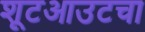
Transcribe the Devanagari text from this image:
शूटआउटचा